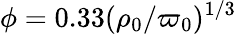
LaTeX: \phi=0.33(\rho_{0}/\varpi_{0})^{1/3}